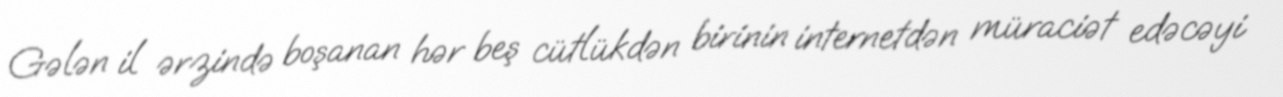
Gələn il ərzində boşanan hər beş cütlükdən birinin internetdən müraciət edəcəyi